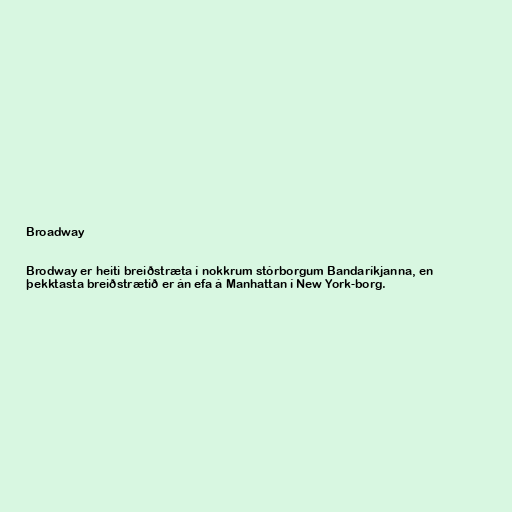
Broadway

Brodway er heiti breiðstræta í nokkrum stórborgum Bandaríkjanna, en
þekktasta breiðstrætið er án efa á Manhattan í New York-borg.